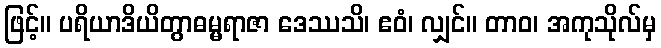
ဖြင့်။ ပရိယာဒိယိတွာဓမ္မရာဇာ ဒေဿသိ၊ ဧဝံ၊ လျှင်။ တာဝ၊ အကုသိုလ်မှ